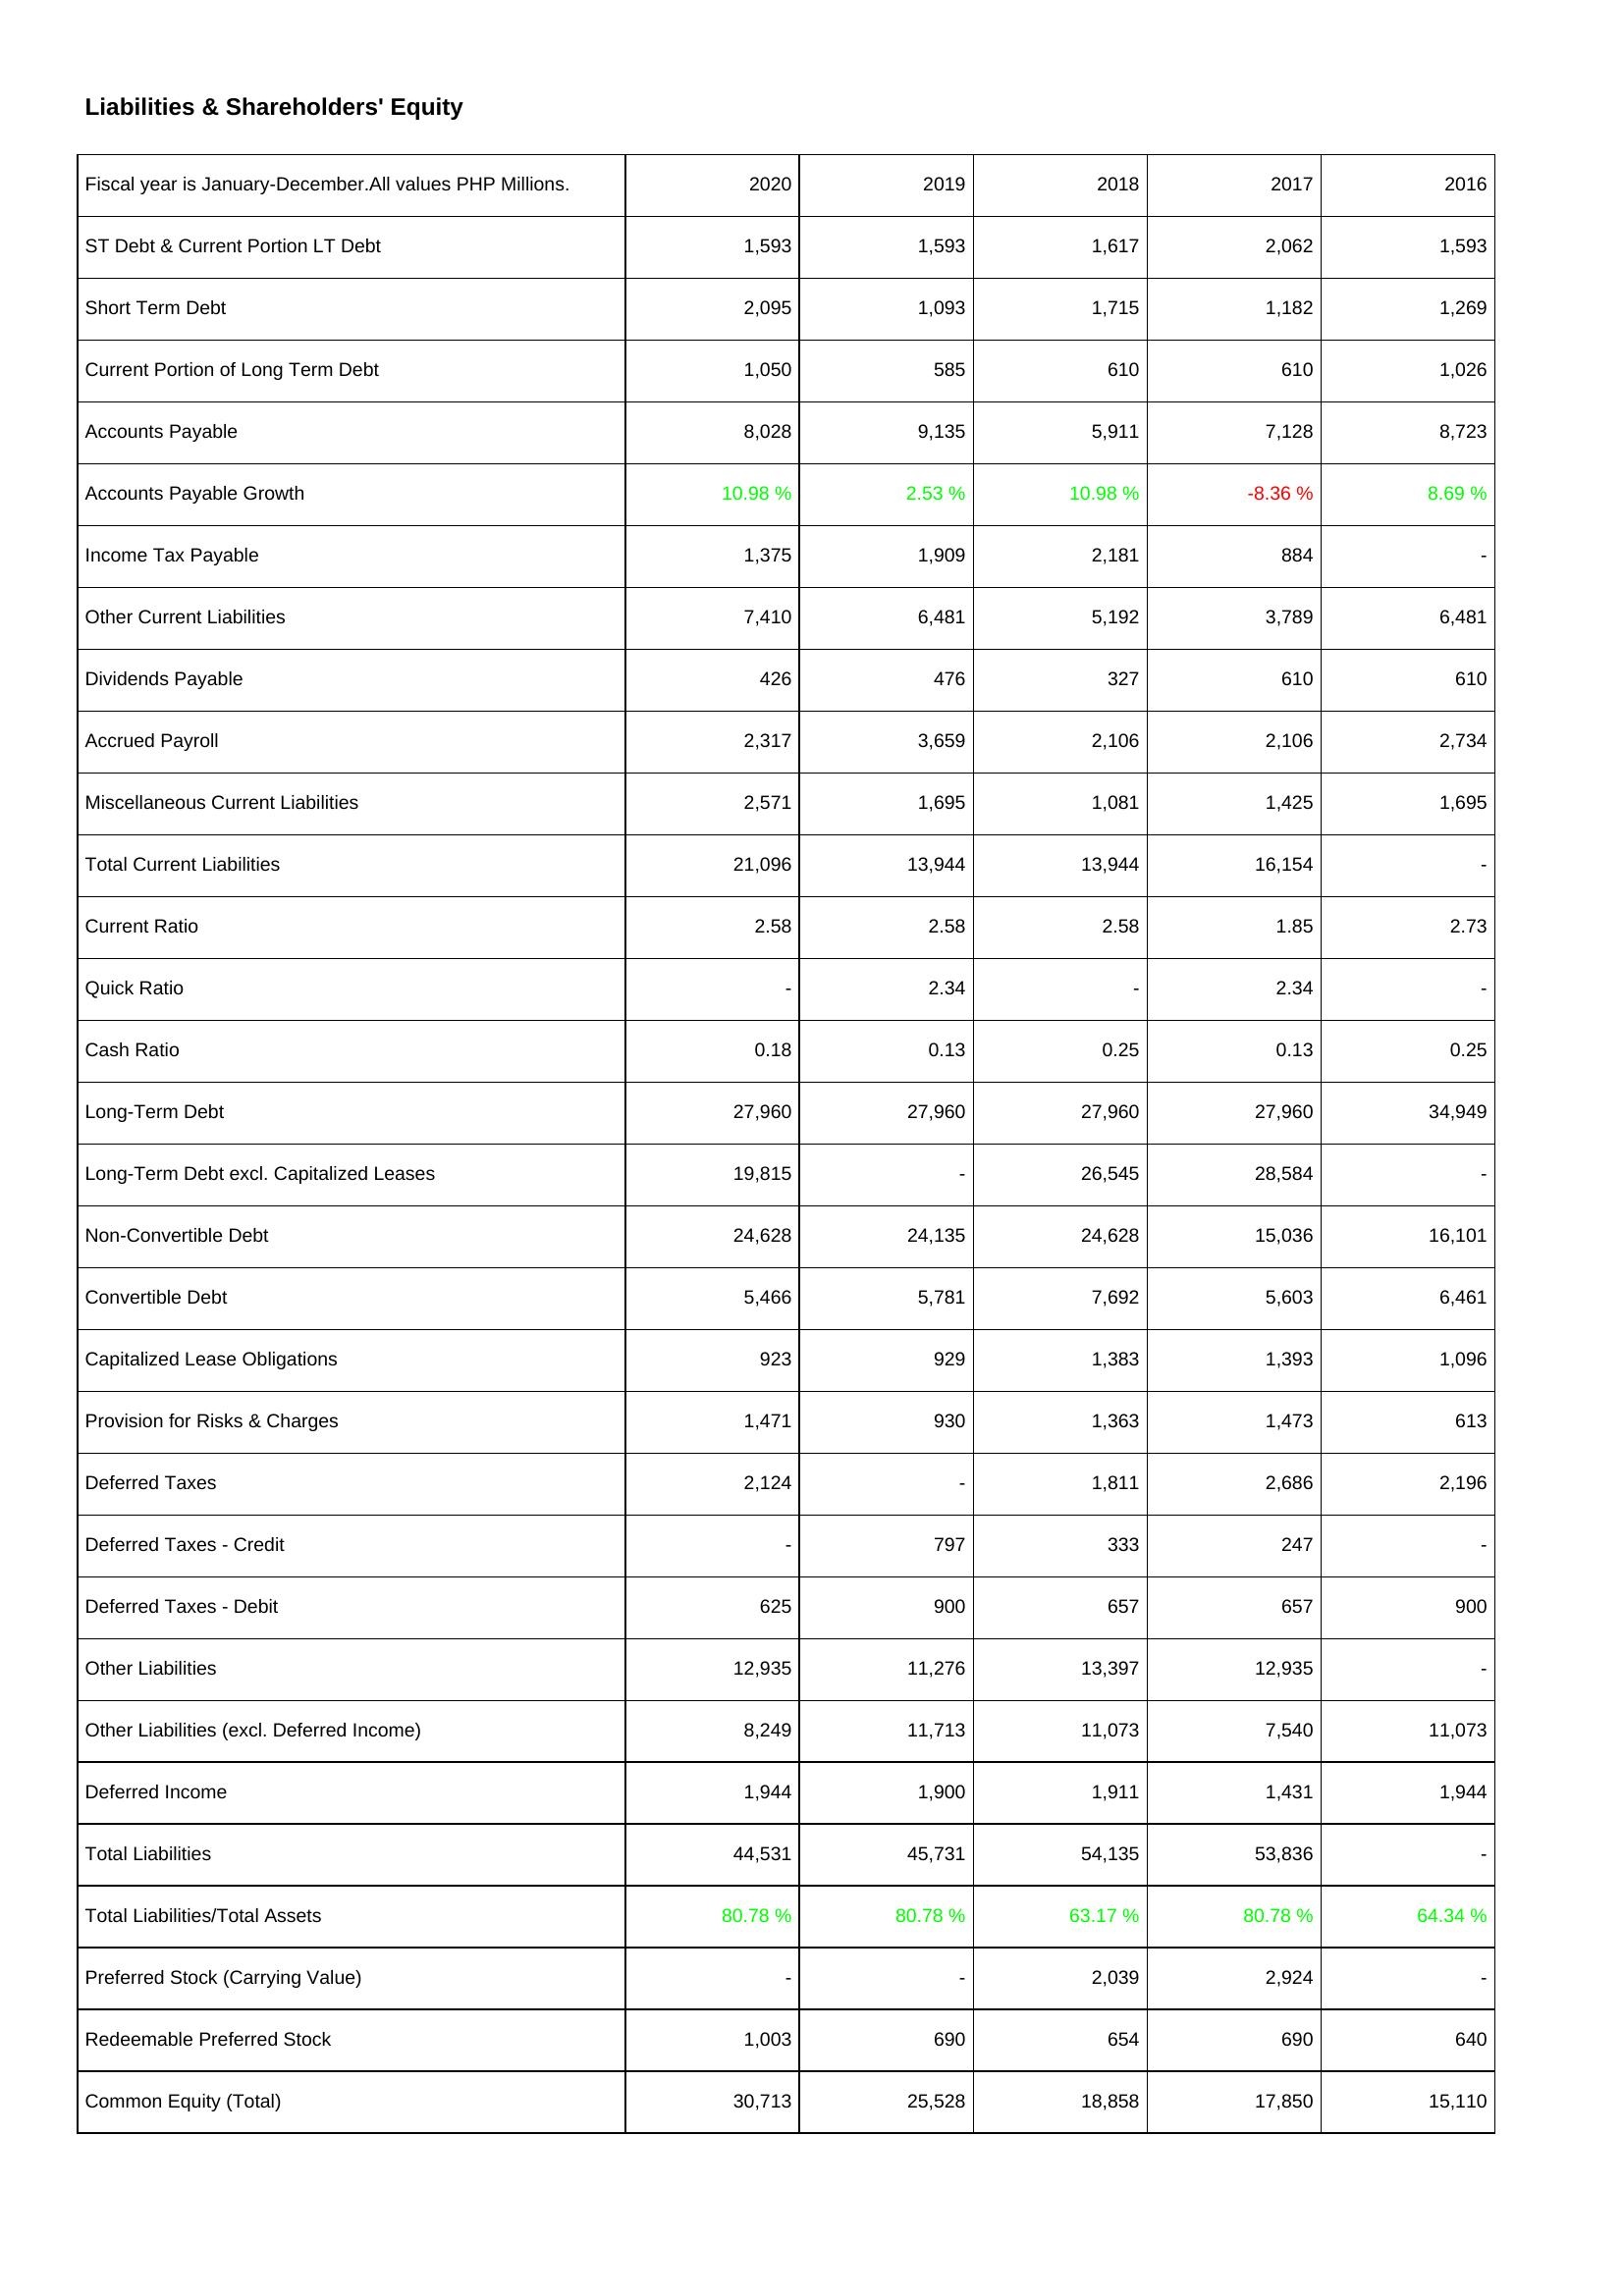
2020: Liabilities & Shareholders' Equity: ST Debt & Current Portion LT Debt: 1,593
Short Term Debt: 2,095
Current Portion of Long Term Debt: 1,050
Accounts Payable: 8,028
Accounts Payable Growth: 10.98 %
Income Tax Payable: 1,375
Other Current Liabilities: 7,410
Dividends Payable: 426
Accrued Payroll: 2,317
Miscellaneous Current Liabilities: 2,571
Total Current Liabilities: 21,096
Current Ratio: 2.58
Quick Ratio: -
Cash Ratio: 0.18
Long-Term Debt: 27,960
Long-Term Debt excl. Capitalized Leases: 19,815
Non-Convertible Debt: 24,628
Convertible Debt: 5,466
Capitalized Lease Obligations: 923
Provision for Risks & Charges: 1,471
Deferred Taxes: 2,124
Deferred Taxes - Credit: -
Deferred Taxes - Debit: 625
Other Liabilities: 12,935
Other Liabilities (excl. Deferred Income): 8,249
Deferred Income: 1,944
Total Liabilities: 44,531
Total Liabilities/Total Assets: 80.78 %
Preferred Stock (Carrying Value): -
Redeemable Preferred Stock: 1,003
Common Equity (Total): 30,713
2019: Liabilities & Shareholders' Equity: ST Debt & Current Portion LT Debt: 1,593
Short Term Debt: 1,093
Current Portion of Long Term Debt: 585
Accounts Payable: 9,135
Accounts Payable Growth: 2.53 %
Income Tax Payable: 1,909
Other Current Liabilities: 6,481
Dividends Payable: 476
Accrued Payroll: 3,659
Miscellaneous Current Liabilities: 1,695
Total Current Liabilities: 13,944
Current Ratio: 2.58
Quick Ratio: 2.34
Cash Ratio: 0.13
Long-Term Debt: 27,960
Long-Term Debt excl. Capitalized Leases: -
Non-Convertible Debt: 24,135
Convertible Debt: 5,781
Capitalized Lease Obligations: 929
Provision for Risks & Charges: 930
Deferred Taxes: -
Deferred Taxes - Credit: 797
Deferred Taxes - Debit: 900
Other Liabilities: 11,276
Other Liabilities (excl. Deferred Income): 11,713
Deferred Income: 1,900
Total Liabilities: 45,731
Total Liabilities/Total Assets: 80.78 %
Preferred Stock (Carrying Value): -
Redeemable Preferred Stock: 690
Common Equity (Total): 25,528
2018: Liabilities & Shareholders' Equity: ST Debt & Current Portion LT Debt: 1,617
Short Term Debt: 1,715
Current Portion of Long Term Debt: 610
Accounts Payable: 5,911
Accounts Payable Growth: 10.98 %
Income Tax Payable: 2,181
Other Current Liabilities: 5,192
Dividends Payable: 327
Accrued Payroll: 2,106
Miscellaneous Current Liabilities: 1,081
Total Current Liabilities: 13,944
Current Ratio: 2.58
Quick Ratio: -
Cash Ratio: 0.25
Long-Term Debt: 27,960
Long-Term Debt excl. Capitalized Leases: 26,545
Non-Convertible Debt: 24,628
Convertible Debt: 7,692
Capitalized Lease Obligations: 1,383
Provision for Risks & Charges: 1,363
Deferred Taxes: 1,811
Deferred Taxes - Credit: 333
Deferred Taxes - Debit: 657
Other Liabilities: 13,397
Other Liabilities (excl. Deferred Income): 11,073
Deferred Income: 1,911
Total Liabilities: 54,135
Total Liabilities/Total Assets: 63.17 %
Preferred Stock (Carrying Value): 2,039
Redeemable Preferred Stock: 654
Common Equity (Total): 18,858
2017: Liabilities & Shareholders' Equity: ST Debt & Current Portion LT Debt: 2,062
Short Term Debt: 1,182
Current Portion of Long Term Debt: 610
Accounts Payable: 7,128
Accounts Payable Growth: -8.36 %
Income Tax Payable: 884
Other Current Liabilities: 3,789
Dividends Payable: 610
Accrued Payroll: 2,106
Miscellaneous Current Liabilities: 1,425
Total Current Liabilities: 16,154
Current Ratio: 1.85
Quick Ratio: 2.34
Cash Ratio: 0.13
Long-Term Debt: 27,960
Long-Term Debt excl. Capitalized Leases: 28,584
Non-Convertible Debt: 15,036
Convertible Debt: 5,603
Capitalized Lease Obligations: 1,393
Provision for Risks & Charges: 1,473
Deferred Taxes: 2,686
Deferred Taxes - Credit: 247
Deferred Taxes - Debit: 657
Other Liabilities: 12,935
Other Liabilities (excl. Deferred Income): 7,540
Deferred Income: 1,431
Total Liabilities: 53,836
Total Liabilities/Total Assets: 80.78 %
Preferred Stock (Carrying Value): 2,924
Redeemable Preferred Stock: 690
Common Equity (Total): 17,850
2016: Liabilities & Shareholders' Equity: ST Debt & Current Portion LT Debt: 1,593
Short Term Debt: 1,269
Current Portion of Long Term Debt: 1,026
Accounts Payable: 8,723
Accounts Payable Growth: 8.69 %
Income Tax Payable: -
Other Current Liabilities: 6,481
Dividends Payable: 610
Accrued Payroll: 2,734
Miscellaneous Current Liabilities: 1,695
Total Current Liabilities: -
Current Ratio: 2.73
Quick Ratio: -
Cash Ratio: 0.25
Long-Term Debt: 34,949
Long-Term Debt excl. Capitalized Leases: -
Non-Convertible Debt: 16,101
Convertible Debt: 6,461
Capitalized Lease Obligations: 1,096
Provision for Risks & Charges: 613
Deferred Taxes: 2,196
Deferred Taxes - Credit: -
Deferred Taxes - Debit: 900
Other Liabilities: -
Other Liabilities (excl. Deferred Income): 11,073
Deferred Income: 1,944
Total Liabilities: -
Total Liabilities/Total Assets: 64.34 %
Preferred Stock (Carrying Value): -
Redeemable Preferred Stock: 640
Common Equity (Total): 15,110